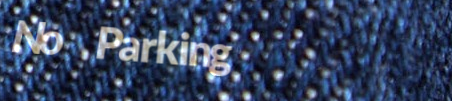
No Parking